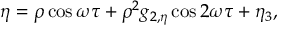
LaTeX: \eta = \rho \cos \omega \tau + \rho ^ { 2 } g _ { 2 , \eta } \cos 2 \omega \tau + \eta _ { 3 } ,